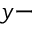
y -